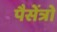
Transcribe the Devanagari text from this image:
पैसेंत्रो